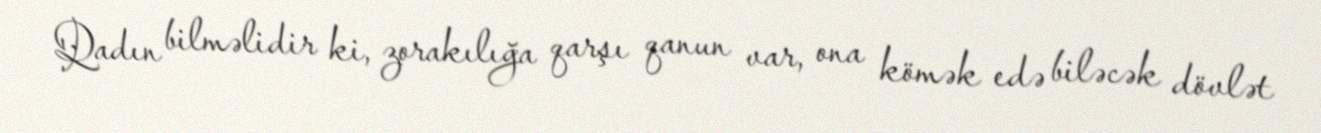
Qadın bilməlidir ki, zorakılığa qarşı qanun var, ona kömək edə biləcək dövlət